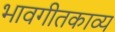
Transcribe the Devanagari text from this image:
भावगीतकाव्य